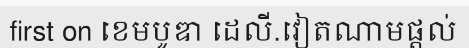
first on ខេមបូឌា ដេលី.វៀតណាមផ្តល់